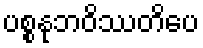
ပစ္စနုဘဝိဿတိပေ